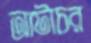
আটাচর